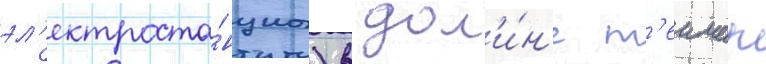
эл'ектроста́нциа) в дол'и́н'е т'еимар